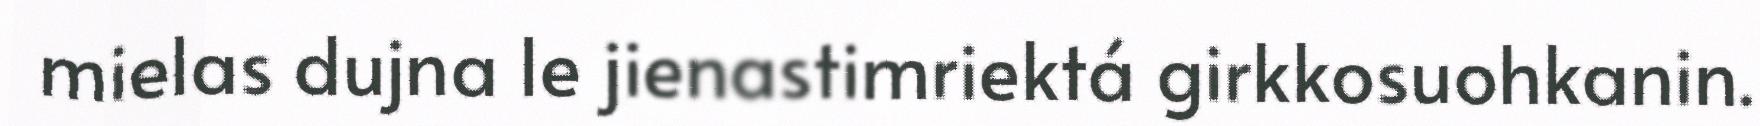
mielas dujna le jienastimriektá girkkosuohkanin.